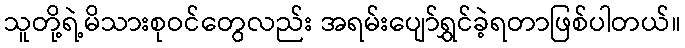
သူတို့ရဲ့မိသားစုဝင်တွေလည်း အရမ်းပျော်ရွှင်ခဲ့ရတာဖြစ်ပါတယ်။